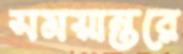
সময়ান্তরে